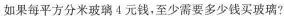
如果每平方分米玻璃4元钱，至少需要多少钱买玻璃